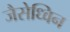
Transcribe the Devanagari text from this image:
जैसेध्विन